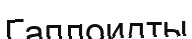
Гаплоидты